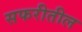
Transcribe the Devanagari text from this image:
सफरीतील